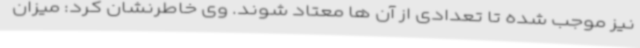
نیز موجب شده تا تعدادی از آن ها معتاد شوند. وی خاطرنشان کرد: میزان